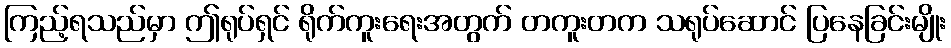
ကြည့်ရသည်မှာ ဤရုပ်ရှင် ရိုက်ကူးရေးအတွက် တကူးတက သရုပ်ဆောင် ပြနေခြင်းမျိုး